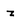
Character: z